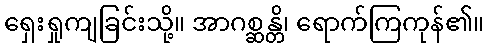
ရှေးရှုကျခြင်းသို့။ အာဂစ္ဆန္တိ၊ ရောက်ကြကုန်၏။